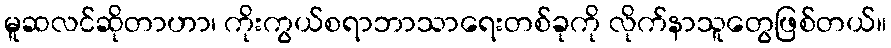
မူဆလင်ဆိုတာဟာ၊ ကိုးကွယ်စရာဘာသာရေးတစ်ခုကို လိုက်နာသူတွေဖြစ်တယ်။